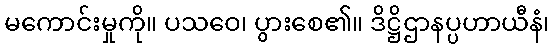
မကောင်းမှုကို။ ပသဝေ၊ ပွားစေ၏။ ဒိဋ္ဌိဌာနပ္ပဟာယီနံ၊